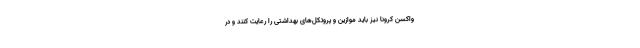
واکسن کرونا نیز باید موازین و پروتکل‌های بهداشتی را رعایت کنند و در